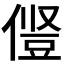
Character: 𫝋